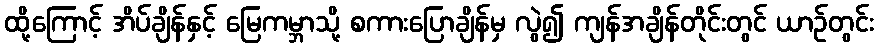
ထို့ကြောင့် အိပ်ချိန်နှင့် မြေကမ္ဘာသို့ စကားပြောချိန်မှ လွဲ၍ ကျန်အချိန်တိုင်းတွင် ယာဉ်တွင်း